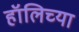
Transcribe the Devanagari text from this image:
हॉलिच्या